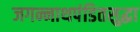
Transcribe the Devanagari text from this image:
जगन्नाथपंडितसुद्धा